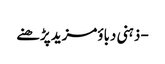
- ذہنی دباؤمزید پڑھنے